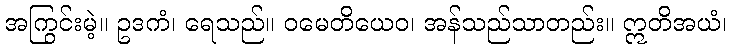
အကြွင်းမဲ့။ ဥဒကံ၊ ရေသည်။ ဝမေတိယေဝ၊ အန်သည်သာတည်း။ ဣတိအယံ၊